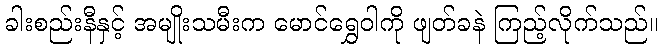
ခါးစည်းနီနှင့် အမျိုးသမီးက မောင်ရွှေဝါကို ဖျတ်ခနဲ ကြည့်လိုက်သည်။